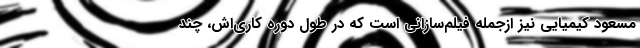
مسعود کيميايي نيز ازجمله فيلم‌سازاني است که در طول دوره کاري‌اش، چند